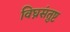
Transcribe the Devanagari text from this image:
विघ्नसंतुष्ट